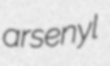
arsenyl